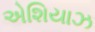
એશિયાઝ